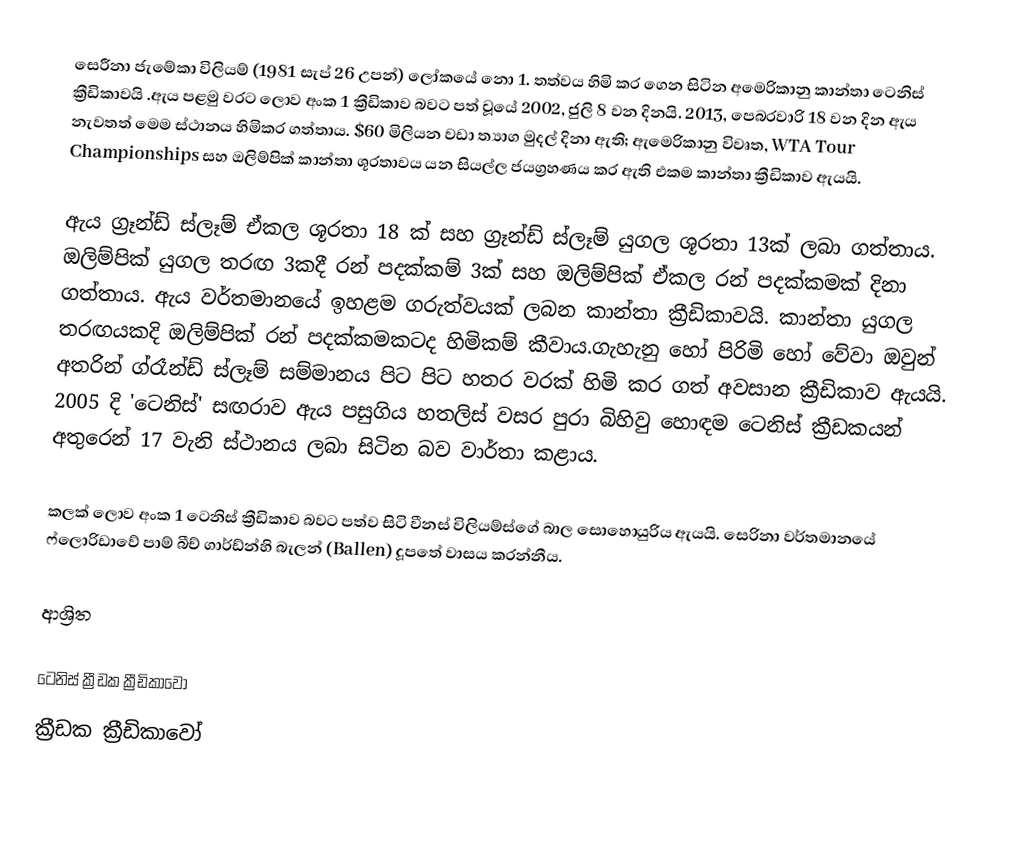
සෙරීනා ජැමේකා විලියම් (1981 සැප් 26 උපන්) ලෝකයේ නො 1. තත්වය හිමි කර ගෙන සිටින අමෙරිකානු කාන්තා ටෙනිස් ක්‍රීඩිකාවයි .ඇය පළමු වරට ලොව අංක 1 ක්‍රීඩිකාව බවට පත් වූයේ 2002, ජුලි 8 වන දිනයි. 2013, පෙබරවාරි 18 වන දින ඇය නැවතත් මෙම ස්ථානය හිමිකර ගත්තාය. $60 මිලියන වඩා ත්‍යාග මුදල් දිනා ඇති; ඇමෙරිකානු විවෘත, WTA Tour Championships සහ ඔලිම්පික් කාන්තා ශූරතාවය යන සියල්ල ජයග්‍රහණය කර ඇති එකම කාන්තා ක්‍රීඩිකාව ඇයයි.

ඇය ග්‍රෑන්ඩ් ස්ලෑම් ඒකල ශූරතා 18 ක් සහ ග්‍රෑන්ඩ් ස්ලෑම් යුගල ශූරතා 13ක් ලබා ගත්තාය. ඔලිම්පික් යුගල තරඟ 3කදී  රන් පදක්කම් 3ක් සහ ඔලිම්පික් ඒකල රන් පදක්කමක් දිනා ගත්තාය. ඇය වර්තමානයේ ඉහළම ගරුත්වයක් ලබන කාන්තා ක්‍රීඩිකාවයි. කාන්තා යුගල තරඟයකදි ඔලිම්පික් රන් පදක්කමකටද හිමිකම් කීවාය.ගැහැනු හෝ පිරිමි හෝ වේවා ඔවුන් අතරින් ග්රෑන්ඩ් ස්ලෑම් සම්මානය පිට පිට හතර වරක් හිමි කර ගත් අවසාන ක්‍රීඩිකාව ඇයයි. 2005 දි 'ටෙනිස්' සඟරාව ඇය පසුගිය හතලිස් වසර පුරා බිහිවු හොඳම ටෙනිස් ක්‍රීඩකයන් අතුරෙන් 17 වැනි ස්ථානය ලබා සිටින බව වාර්තා කළාය.

කලක් ලොව අංක 1 ටෙනිස් ක්‍රීඩිකාව බවට පත්ව සිටි වීනස් විලියම්ස්ගේ බාල සොහොයුරිය ඇයයි. සෙරිනා වර්තමානයේ ෆ්ලොරිඩාවේ පාම් බීච් ගාර්ඩ්න්හි බැලන් (Ballen) දූපතේ වාසය කරන්නීය.

ආශ්‍රිත

ටෙනිස් ක්‍රීඩක ක්‍රීඩිකාවෝ
ක්‍රීඩක ක්‍රීඩිකාවෝ